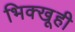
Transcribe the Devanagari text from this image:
भिक्खूही